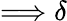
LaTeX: \Longrightarrow\delta